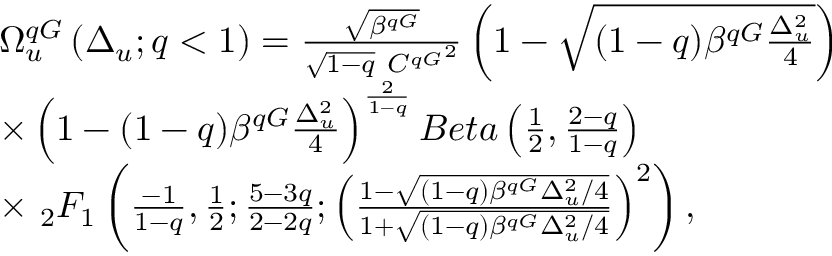
\begin{array} { r l } & { \Omega _ { u } ^ { q G } \left( \Delta _ { u } ; q < 1 \right) = \frac { \sqrt { \beta ^ { q G } } } { \sqrt { 1 - q } \ { C ^ { q G } } ^ { 2 } } \left( 1 - \sqrt { ( 1 - q ) \beta ^ { q G } \frac { \Delta _ { u } ^ { 2 } } { 4 } } \right) } \\ & { \times \left( 1 - { ( 1 - q ) \beta ^ { q G } \frac { \Delta _ { u } ^ { 2 } } { 4 } } \right) ^ { \frac { 2 } { 1 - q } } B e t a \left( \frac { 1 } { 2 } , \frac { 2 - q } { 1 - q } \right) } \\ & { \times \ _ { 2 } F _ { 1 } \left( \frac { - 1 } { 1 - q } , \frac { 1 } { 2 } ; \frac { 5 - 3 q } { 2 - 2 q } ; \left( \frac { 1 - \sqrt { ( 1 - q ) \beta ^ { q G } \Delta _ { u } ^ { 2 } / 4 } } { 1 + \sqrt { ( 1 - q ) \beta ^ { q G } \Delta _ { u } ^ { 2 } / 4 } } \right) ^ { 2 } \right) , } \end{array}